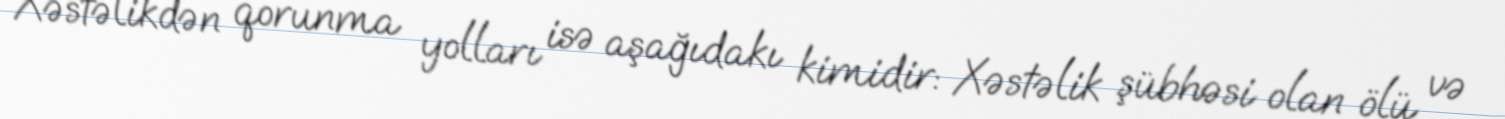
Xəstəlikdən qorunma yolları isə aşağıdakı kimidir: Xəstəlik şübhəsi olan ölü və